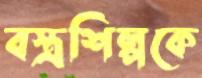
বস্ত্রশিল্পকে